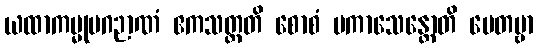
ယထာကမ္မုပဂဉာဏံ ဧကသတ္တတိ စောစံ ပကာသေန္တောတိ မေတဗ္ဗာ